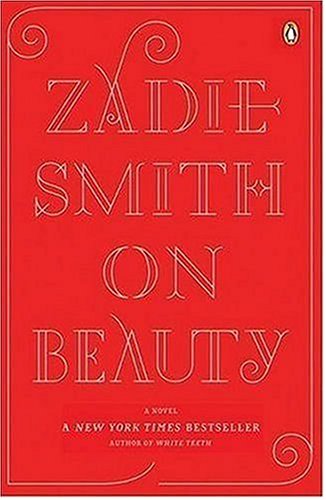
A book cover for On Beauty; Zadie Smith; Literature & Fiction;